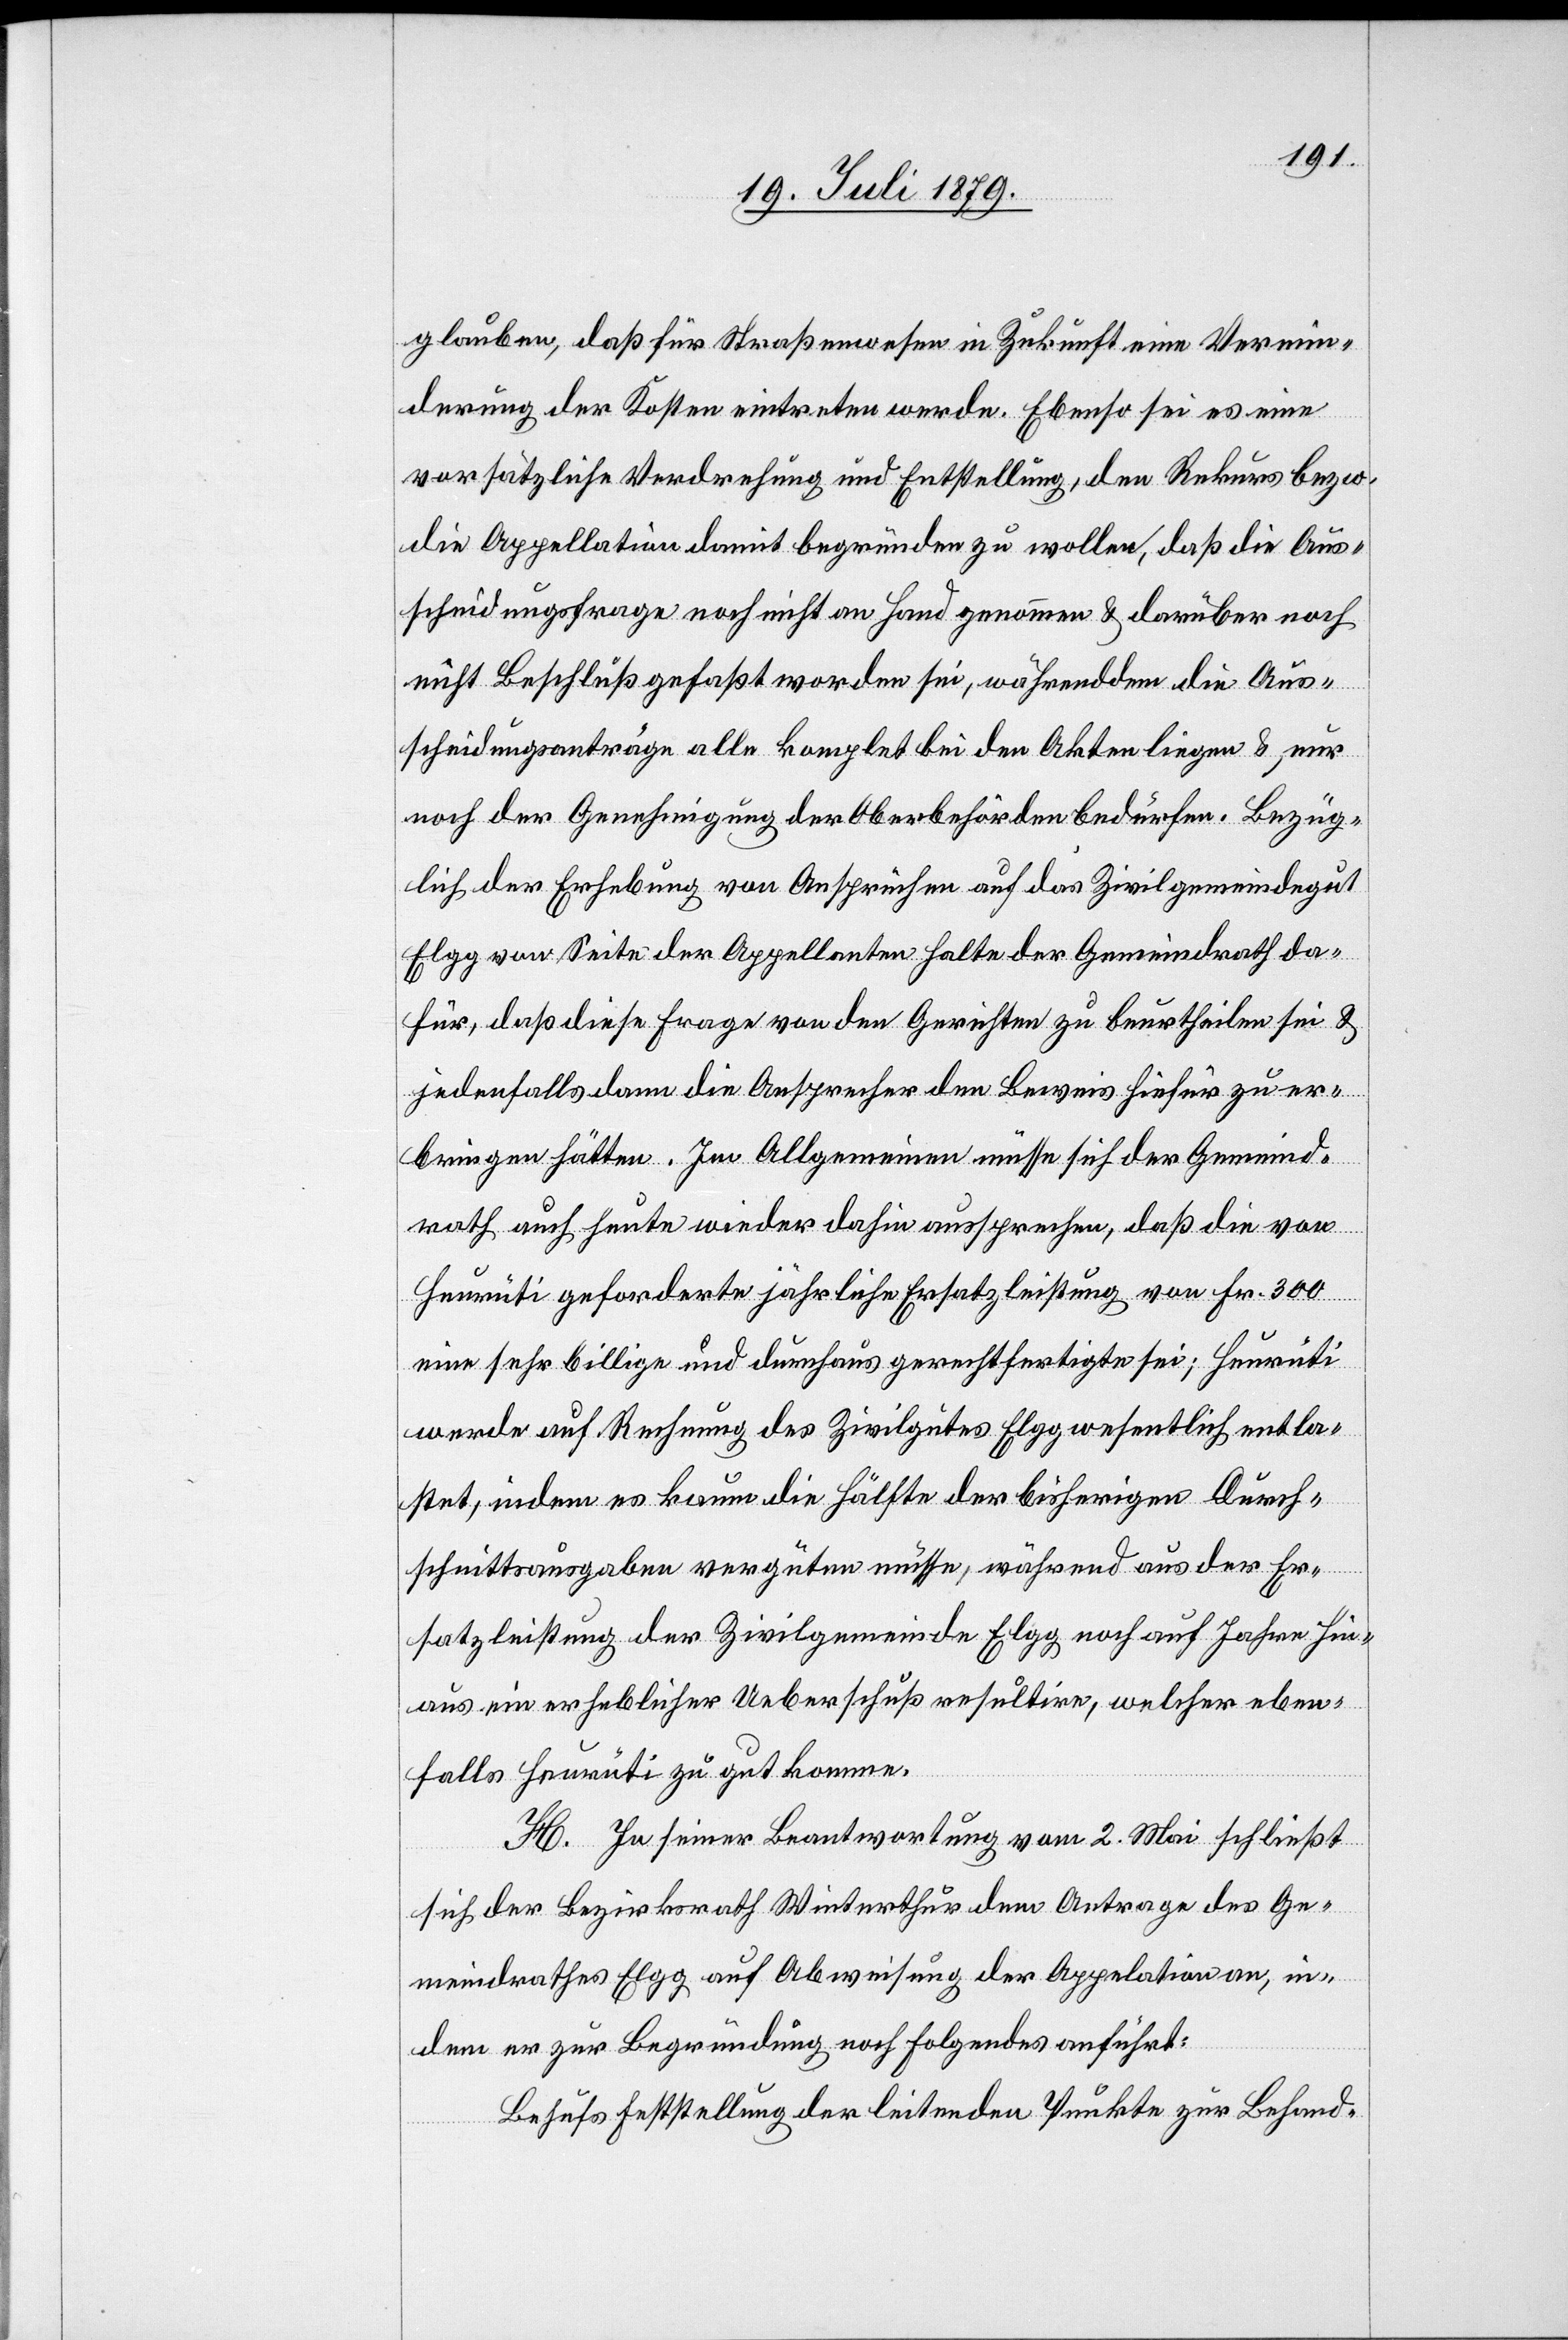
glauben, daß für Straßenwesen in Zukunft eine Vermin¬
derung der Kosten eintreten werde. Ebenso sei es eine
vorsätzliche Verdrehung und Entstellung, den Rekurs bezw.
die Appellation damit begründen zu wollen, daß die Aus¬
scheidungsfrage noch nicht an Hand genommen & darüber noch
nicht Beschluß gefaßt worden sei, währenddem die Aus¬
scheidungsanträge alle komplet bei den Akten liegen & nur
noch der Genehmigung der Oberbehörden bedürfen. Bezüg¬
lich der Erhebung von Ansprüchen auf das Zivilgemeindegut
Elgg von Seite der Appellanten halte der Gemeindrath da¬
für, das diese Frage von den Gerichten zu beurtheilen sei &
jedenfalls dann die Ansprecher den Beweis hiefür zu er¬
bringen hätte. Im Allgemeinen müsse sich der Gemeind¬
rath auch heute wieder dahin aussprechen, daß die von
Heurüti geforderte jährliche Ersatzleistung von Fr. 300
eine sehr billige und durchaus gerechtfertigte sei; Heurüti
werde auf Rechnung des Zivilgutes Elgg wesentlich entla¬
stet, indem es kaum die Hälfte der bisherigen Durch¬
schnittsausgaben vergüten müsse, während aus der Er¬
satzleistung der Zivilgemeinde Elgg noch auf Jahre hin¬
aus ein erheblicher Ueberschuß resultire, welcher eben¬
falls Heurüti zu gut komme.
H. In seiner Beantwortung vom 2. Mai schließt
sich der Bezirksrath Winterthur dem Antrage des Ge¬
meindrathes Elgg auf Abweisung der Appelation an, in¬
dem er zur Begründung noch folgendes anführt:
Behufs Feststellung der leitenden Punkte zur Behand-